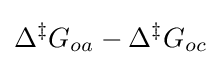
\Delta ^{\ddagger }G_{oa}-\Delta ^{\ddagger }G_{oc}